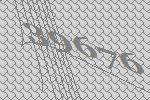
39676